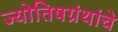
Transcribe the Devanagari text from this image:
ज्योतिषग्रंथांचे